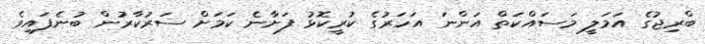
ބްރިޖުގެ އަމަލީ މަސައްކަތް އަންނަ އަހަރުގެ ކުރީކޮޅު ފަށާނެ ކަމަށް ސަރުކާރުން ބުނެފައިވެ